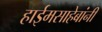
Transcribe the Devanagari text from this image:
हाईमसाहेबांनी